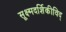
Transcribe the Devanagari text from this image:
सूक्ष्मदर्शिकीविद्